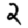
Digit: 2